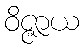
ဝိဇ္ဇာယ